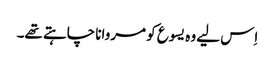
‏ اِس لیے وہ یسوع کو مروانا چاہتے تھے۔